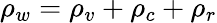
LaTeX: \rho_{w}=\rho_{v}+\rho_{c}+\rho_{r}